Report of the King Institute of Preventive Medicine, Guindy
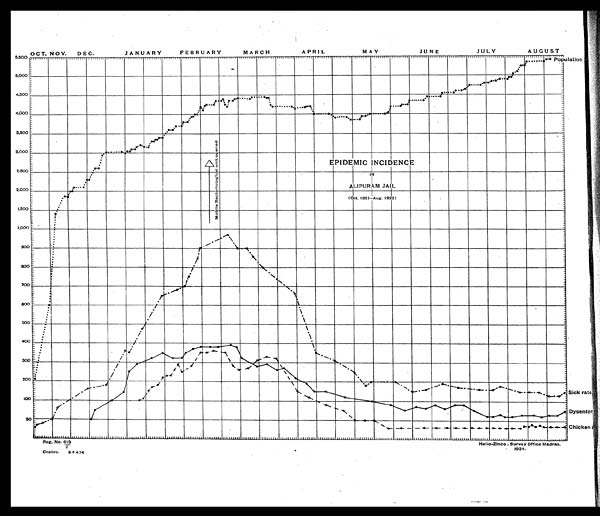
Reg, No. 613
/
2
Copies.
6+474
Helio-Zinco . Survey Office Madras,
1924.